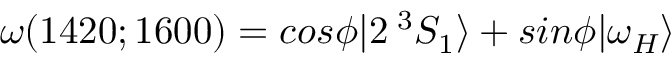
\omega ( 1 4 2 0 ; 1 6 0 0 ) = c o s \phi | 2 \: ^ { 3 } S _ { 1 } \rangle + s i n \phi | \omega _ { H } \rangle